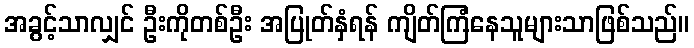
အခွင့်သာလျှင် ဦးကိုတစ်ဦး အပြုတ်နှံရန် ကျိတ်ကြံနေသူများသာဖြစ်သည်။